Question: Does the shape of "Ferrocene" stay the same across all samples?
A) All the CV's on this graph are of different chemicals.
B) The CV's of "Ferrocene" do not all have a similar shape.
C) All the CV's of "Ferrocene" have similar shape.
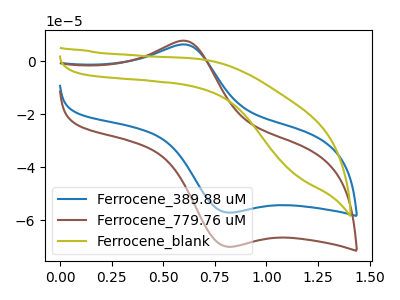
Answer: <think>The blue curve "Ferrocene_389.88 uM" has an anodic peak at (0.60V, 6.10uA) and a cathodic peak at (0.80V, -57.15uA). The brown curve "Ferrocene_779.76 uM" has an anodic peak at (0.60V, 7.50uA) and a cathodic peak at (0.80V, -70.05uA). The olive curve "Ferrocene_blank" has no peaks.
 All the peaks in "Ferrocene_389.88 uM" have a peak in "Ferrocene_779.76 uM" at the same potential. Every peak in "Ferrocene_389.88 uM" is lower than every peak in "Ferrocene_779.76 uM". "Ferrocene_389.88 uM" and "Ferrocene_blank" have a different number of peaks. "Ferrocene_779.76 uM" and "Ferrocene_blank" have a different number of peaks.</think>
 <answer>C) All the CV's of "Ferrocene" have similar shape.</answer>
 <eval>C</eval>